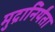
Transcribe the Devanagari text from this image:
मुद्रानिर्यंता